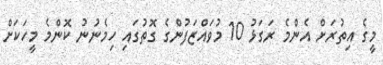
މީގެ އިތުރަށް އެންމެ ރަގަޅު 10 މުވައްޒަފުންގެ ގޮތުގައި ހިމެނުނު ކޮންމެ މީހަކަށް